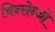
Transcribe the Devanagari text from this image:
विन्सेन्जो